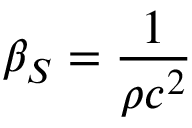
\beta _ { S } = { \frac { 1 } { \rho c ^ { 2 } } }